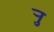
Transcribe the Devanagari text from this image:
र्‍ाु